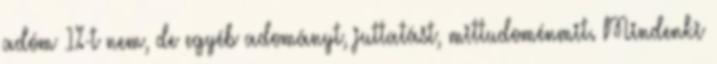
adóm 1%-t nem, de egyéb adományt, juttatást, mittudoménmit. Mindenki